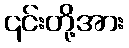
၎င်းတို့အား